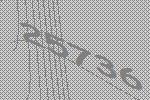
25736